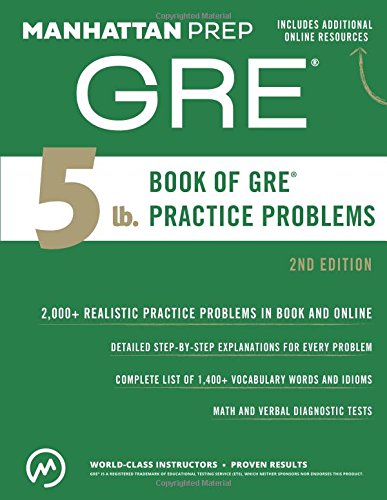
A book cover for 5 lb. Book of GRE Practice Problems (Manhattan Prep GRE Strategy Guides); Manhattan Prep; Test Preparation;